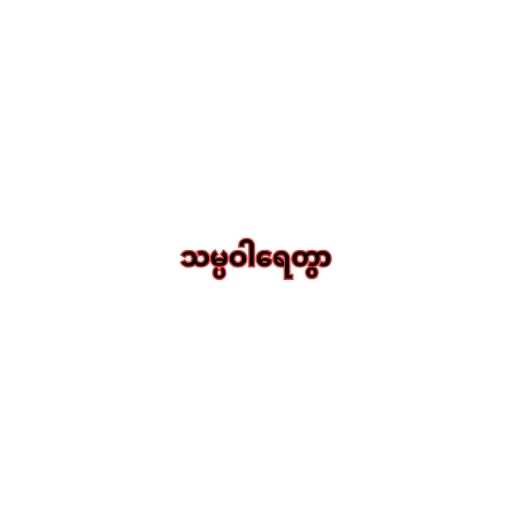
သမ္ပဝါရေတွာ